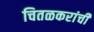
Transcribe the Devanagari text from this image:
चितळकरांची